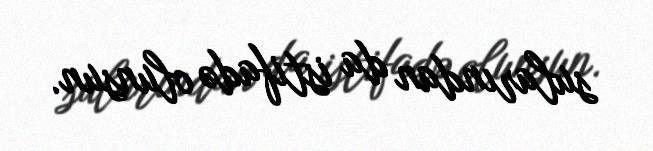
sularından da istifadə olunsun.